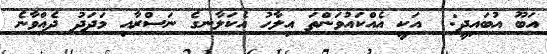
އަބޫ އުބައިދީ:  އަކީ އެއްކައުވަންތަ އިލާހު އެކަލާނގެ ނަސްރާއި މަދަދު ދެއްވާނެ